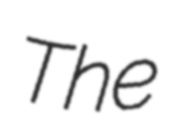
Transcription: The